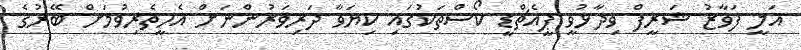
އަލީ ފަވާޒު ޝަރީފް ވިދާޅުވީ ޕީއެޗްޑީ ކޯސްތަކުގައި ކިޔަވާ ދަރިވަރުންނަށް އެހީތެރިވުމަށް ބޭރުގެ